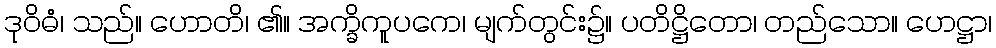
ဒုဝိဓံ၊ သည်။ ဟောတိ၊ ၏။ အက္ခိကူပကေ၊ မျက်တွင်း၌။ ပတိဋ္ဌိတော၊ တည်သော။ ဟေဋ္ဌာ၊